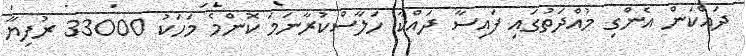
ދައްކަން އެންގި މުއްދަތުގައި ފައިސާ ދައްކާ ހަލާސްކުރާނަމަ ކޮންމެ މަހަކު 33000 ރުފިޔާ